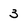
Character: 3